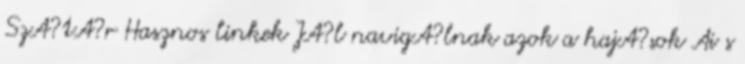
SzA?tA?r Hasznos linkek JA?l navigA?lnak azok a hajA?sok Ai s